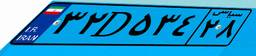
۲۲D۴۴۴۷۵